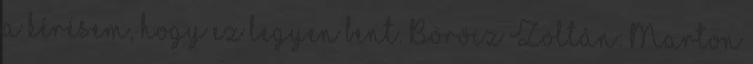
a kérésem, hogy ez legyen bent. Böröcz Zoltán: Marton